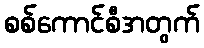
စစ်ကောင်စီအတွက်